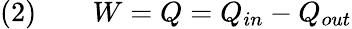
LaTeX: {\mathrm{(2)}}\qquad W=Q=Q_{in}-Q_{out}